Problem: 2 × 3 = ?
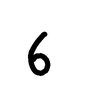
Handwritten answer: 6